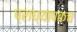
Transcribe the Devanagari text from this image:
प्राध्यापकच